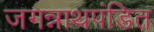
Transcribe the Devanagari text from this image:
जगन्नाथपंडित